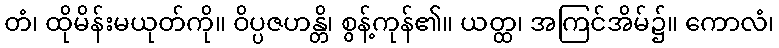
တံ၊ ထိုမိန်းမယုတ်ကို။ ဝိပ္ပဇဟန္တိ၊ စွန့်ကုန်၏။ ယတ္ထ၊ အကြင်အိမ်၌။ ကောလံ၊